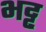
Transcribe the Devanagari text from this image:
भट्ट्